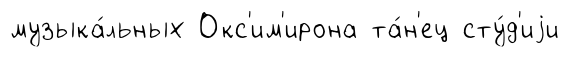
музыка́льных Окс'им'ирона та́н'ец сту́д'иjи